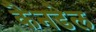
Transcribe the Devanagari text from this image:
कैनडेल